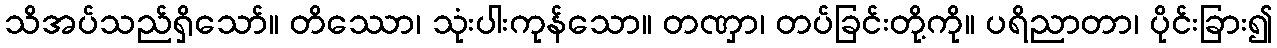
သိအပ်သည်ရှိသော်။ တိဿော၊ သုံးပါးကုန်သော။ တဏှာ၊ တပ်ခြင်းတို့ကို။ ပရိညာတာ၊ ပိုင်းခြား၍